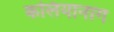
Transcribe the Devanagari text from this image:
कलियानाग